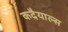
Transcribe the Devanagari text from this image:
कदैयाल्स